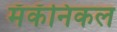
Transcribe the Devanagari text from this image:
मॅकॅनिकल